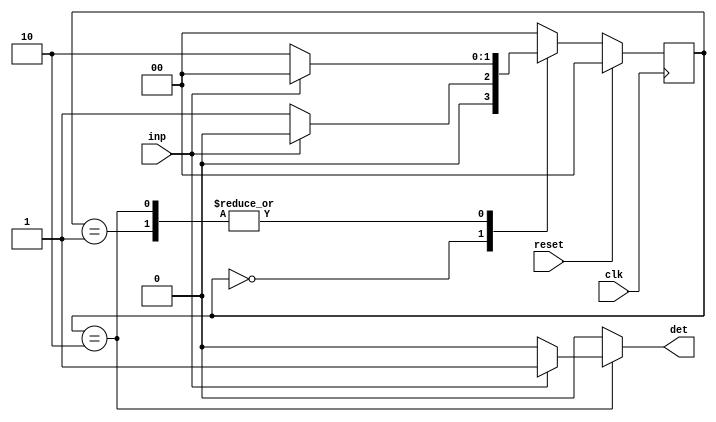
module seq_001 (det, inp, clk, reset);
  input inp, clk, reset;
  output reg det;
  parameter s0 = 2'b00, s1 = 2'b01, s2 = 2'b10;

  reg[1:0] pr_st, nxt_st;

  always @(posedge clk) begin
    if(reset)
      pr_st <= s0;
    else
      pr_st <= nxt_st;
  end

  always @(inp, pr_st)
    case(pr_st)
      s0: if(inp) nxt_st = s0;
          else    nxt_st = s1;
      s1: if(inp) nxt_st = s0;
          else    nxt_st = s2;
      s2: if(inp) nxt_st = s0;
          else    nxt_st = s2;
      default: nxt_st = s0;
    endcase

  always @(inp,pr_st)
    case(pr_st)
      s0: det = 0;
      s1: det = 0;
      s2: if(inp) det = 1;
          else    det = 0;
      default:    det = 0;
    endcase
endmodule